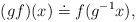
LaTeX: \begin{align*}(gf)(x)\doteq f(g^{-1}x), \end{align*}